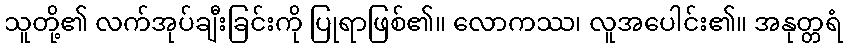
သူတို့၏ လက်အုပ်ချီးခြင်းကို ပြုရာဖြစ်၏။ လောကဿ၊ လူအပေါင်း၏။ အနုတ္တရံ